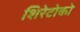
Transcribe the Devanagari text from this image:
शिरेटोको